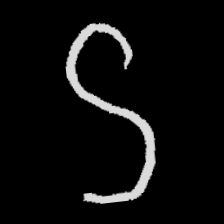
Pyu character \u2014 Myanmar letter: ဌ (romanized: ttha)